Civil Veterinary Department Bihar & Orissa reports 1929-36 - 1929-1936
Year: 1929
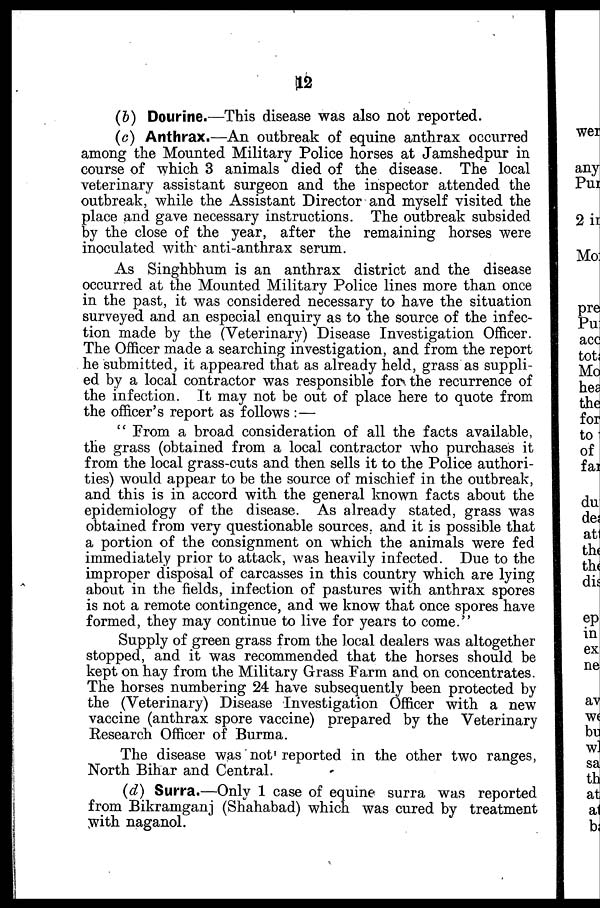
12
(b) Dourine.—This disease was also not reported.
(c) Anthrax.—An outbreak of equine anthrax occurred
among the Mounted Military Police horses at Jamshedpur in
course of which 3 animals died of the disease. The local
veterinary assistant surgeon and the inspector attended the
outbreak, while the Assistant Director and myself visited the
place and gave necessary instructions. The outbreak subsided
by the close of the year, after the remaining horses were
inoculated with anti-anthrax serum.
As Singhbhum is an anthrax district and the disease
occurred at the Mounted Military Police lines more than once
in the past, it was considered necessary to have the situation
surveyed and an especial enquiry as to the source of the infec-
tion made by the (Veterinary) Disease Investigation Officer.
The Officer made a searching investigation, and from the report
he submitted, it appeared that as already held, grass as suppli-
ed by a local contractor was responsible for the recurrence of
the infection. It may not be out of place here to quote from
the officer's report as follows : —
" From a broad consideration of all the facts available,
the grass (obtained from a local contractor who purchases it
from the local grass-cuts and then sells it to the Police authori-
ties) would appear to be the source of mischief in the outbreak,
and this is in accord with the general known facts about the
epidemiology of the disease. As already stated, grass was
obtained from very questionable sources, and it is possible that
a portion of the consignment on which the animals were fed
immediately prior to attack, was heavily infected. Due to the
improper disposal of carcasses in this country which are lying
about in the fields, infection of pastures with anthrax spores
is not a remote contingence, and we know that once spores have
formed, they may continue to live for years to come."
Supply of green grass from the local dealers was altogether
stopped, and it was recommended that the horses should be
kept on hay from the Military Grass Farm and on concentrates.
The horses numbering 24 have subsequently been protected by
the (Veterinary) Disease Investigation Officer with a new
vaccine (anthrax spore vaccine) prepared by the Veterinary
Research Officer of Burma.
The disease was not' reported in the other two ranges,
North Bihar and Central.
(d) Surra.—Only 1 case of equine surra was reported
from Bikramganj (Shahabad) which was cured by treatment
with naganol.